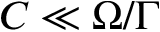
C \ll \Omega / \Gamma